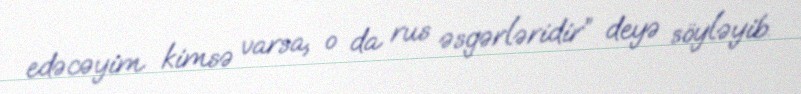
edəcəyim kimsə varsa, o da rus əsgərləridir” deyə söyləyib.